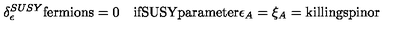
\delta _ { \epsilon } ^ { S U S Y } \mathrm { f e r m i o n s } = 0 \quad \mathrm { i f S U S Y p a r a m e t e r } \epsilon _ { A } = \xi _ { A } = \mathrm { k i l l i n g s p i n o r }